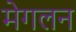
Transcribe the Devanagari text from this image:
मेगलन